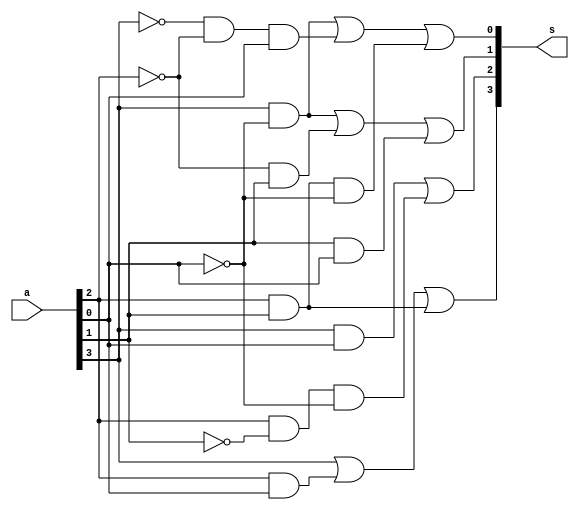

module add3(s,a);
input[3:0] a;
output reg[3:0] s;
always @(*) begin
 s[3] = a[3]|(a[2]&a[0])|(a[2]&a[1]);
 s[2] = (a[3]&a[0])|(a[2]&~a[1]&~a[0]);
 s[1] = (a[3]&~a[0])|(~a[2]&a[1])|(a[1]&a[0]);
 s[0] = (a[3]&~a[0])|(~a[3]&~a[2]&a[0])|(a[2]&a[1]&~a[0]);
end
endmodule